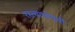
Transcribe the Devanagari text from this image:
रस्त्याभोवती